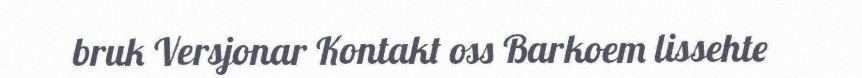
bruk Versjonar Kontakt oss Barkoem lissehte